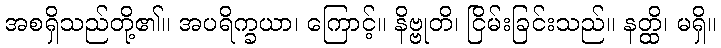
အစရှိသည်တို့၏။ အပရိက္ခယာ၊ ကြောင့်။ နိဗ္ဗုတိ၊ ငြိမ်းခြင်းသည်။ နတ္ထိ၊ မရှိ။